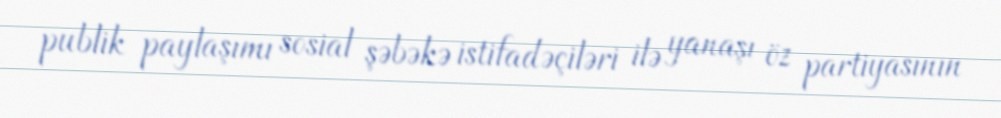
publik paylaşımı sosial şəbəkə istifadəçiləri ilə yanaşı öz partiyasının